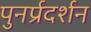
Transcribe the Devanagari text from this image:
पुनर्प्रदर्शन